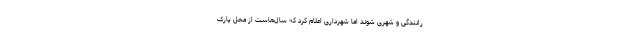
رانندگی و شهری شوند اما شهرداری اعلام کرد که سال‌هاست از محل پارک